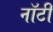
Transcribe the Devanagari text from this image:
नॉटी